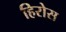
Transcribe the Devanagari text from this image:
हिरोस